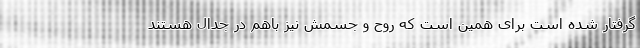
گرفتار شده است برای همین است که روح و جسمش نیز باهم در جدال هستند